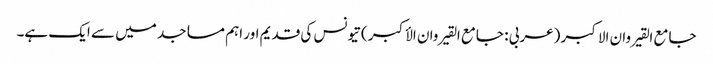
جامع القیروان الاکبر (عربی : جامع القیروان الأکبر ) تیونس کی قدیم اور اہم مساجد میں سے ایک ہے۔